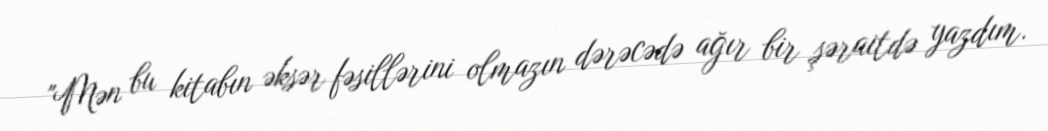
"Mən bu kitabın əksər fəsillərini olmazın dərəcədə ağır bir şəraitdə yazdım.